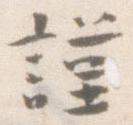
謹